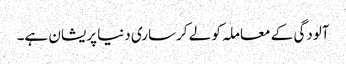
آلودگی کے معاملہ کو لے کرساری دنیا پریشان ہے۔